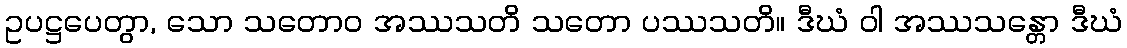
ဥပဋ္ဌပေတွာ, သော သတောဝ အဿသတိ သတော ပဿသတိ။ ဒီဃံ ဝါ အဿသန္တော ဒီဃံ